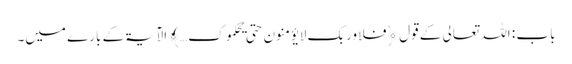
باب : اللہ تعالی کے قول ﴿فلا وربک لا یؤمنون حتی یحکموک… ﴾ الآیۃکے بارے میں۔